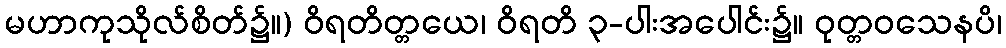
မဟာကုသိုလ်စိတ်၌။) ဝိရတိတ္တယေ၊ ဝိရတိ ၃-ပါးအပေါင်း၌။ ဝုတ္တဝသေနပိ၊